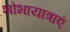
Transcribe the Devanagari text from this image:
शोभायात्राएं